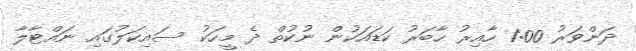
ދަންވަރު 1:00 ހާއިރު ހާބަރު ކަޑައަކުން ނުކުތް ދެ މީހަކު ސައިކަލުގައި ނައްޓާލާ